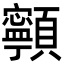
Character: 𩕳